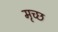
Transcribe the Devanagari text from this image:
मृच्छ